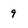
Character: 9